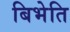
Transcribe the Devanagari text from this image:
बिभेति